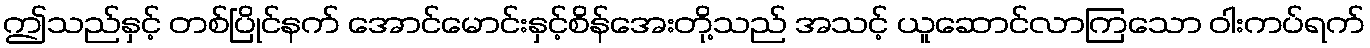
ဤသည်နှင့် တစ်ပြိုင်နက် အောင်မောင်းနှင့်စိန်အေးတို့သည် အသင့် ယူဆောင်လာကြသော ဝါးကပ်ရက်